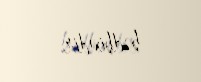
bədbindir.